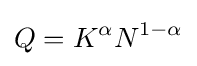
Q=K^{\alpha }N^{1-\alpha }